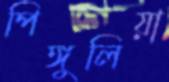
পিঙ্গুলিয়া